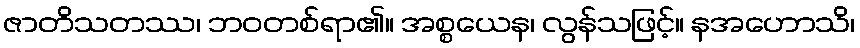
ဇာတိသတဿ၊ ဘဝတစ်ရာ၏။ အစ္စယေန၊ လွန်သဖြင့်။ နအဟောသိ၊